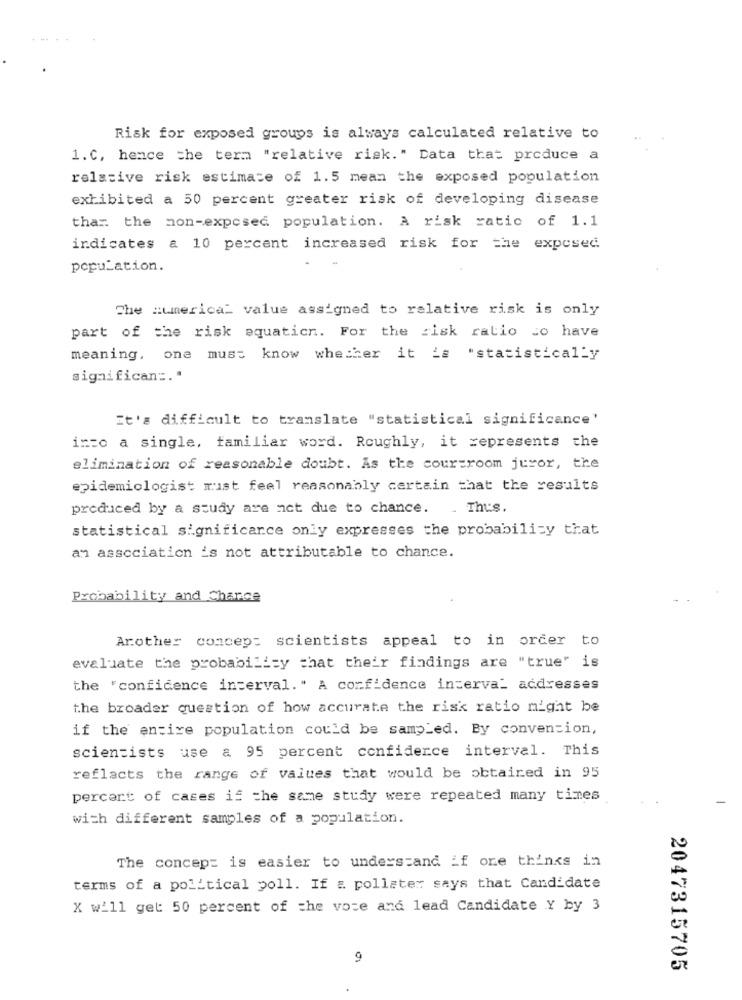
Risk for exposed groups is always calculated relative to
1.C, hence the term "relative risk." Data that produce a
relative risk estimate of 1.5 mean the exposed population
exhibited a 50 percent greater risk of developing disease
thar the non-exposed population. A risk ratio of 1.1
indicates & 10 percent increased risk for the exposed
population.
The america" value assigned to relative risk is only
part of the risk aquaticn. For the risk ratio co have
meaning, one must know whether it is "statistically
significan =. .
It's difficult to translate "statistical significance'
into a single, familiar word. Roughly, it represents the
elimination of reasonable doubt. As the courtroom juror, the
epidemiologist must feel reasonably certain that the results
produced by a study are not due to chance. . Thus.
statistical significance only expresses the probability that
an association is not attributable to chance.
Probability and Chance
Arother concep: scientists appeal to in order to
evaluate the probability that their findings are "true" is
the "confidence interval." A confidence interval addresses
the broader question of how accurate the risk ratio might be
if the entire population could be sampled. By convention,
scientists use a 95 percent confidence interval. This
reflects the range of values that would be obtained in 95
percert of cases if the same study were repeated many times
with different samples of a population.
The concept is easier to understand if one thinks in
terms of a political poll. If : pollster says that Candidate
X will get 50 percent of the vore and lead Candidate Y by 3
9
2047315705